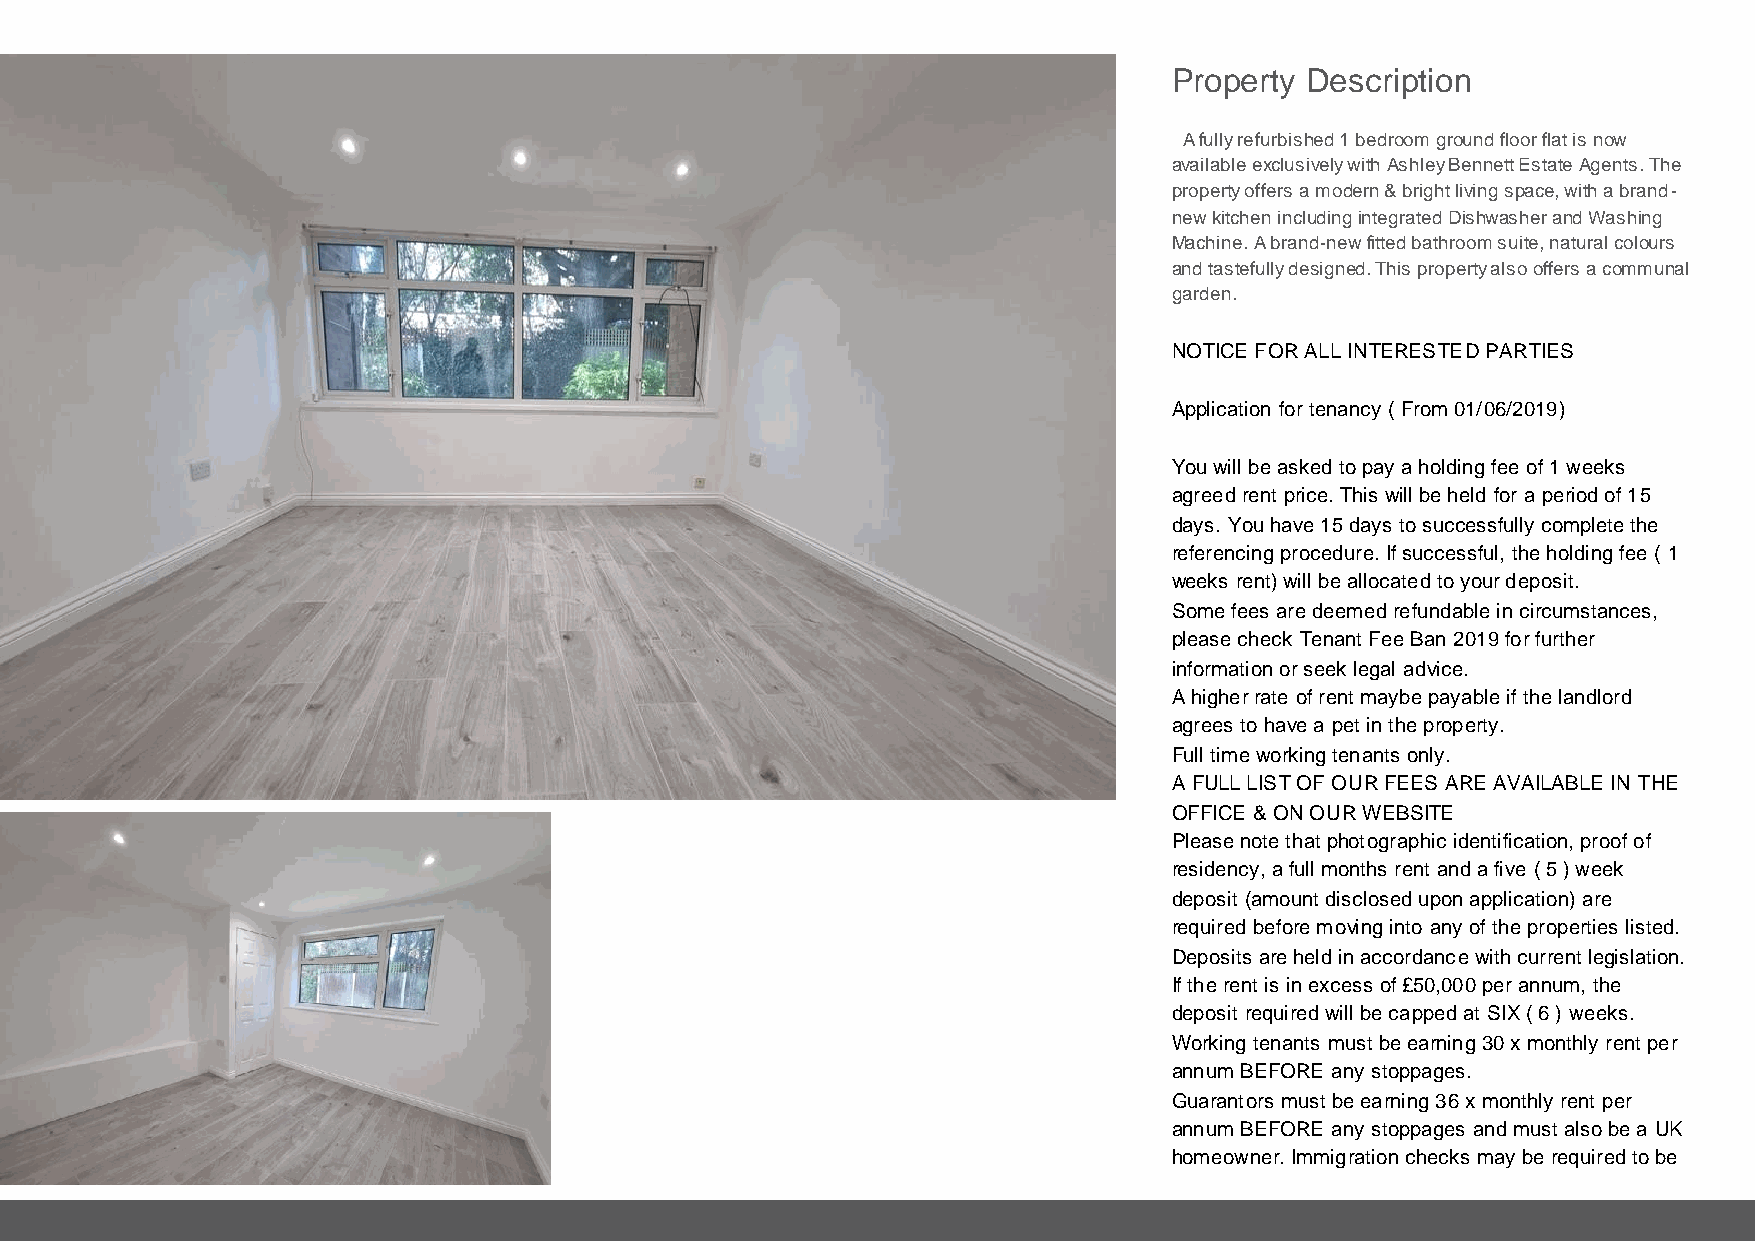
Property Description
 A fully refurbished 1 bedroom ground floor flat is now
 available exclusively with Ashley Bennett Estate Agents. The
 property offers a modern & bright living space, with a brand-
 new kitchen including integrated Dishwasher and Washing
 Machine. A brand-new fitted bathroom suite, natural colours
 and tastefully designed. This property also offers a communal
 garden.
 NOTICE FOR ALL INTERESTED PARTIES
 Application for tenancy ( From 01/06/2019)
 You will be asked to pay a holding fee of 1 weeks
 agreed rent price. This will be held for a period of 15
 days. You have 15 days to successfully complete the
 referencing procedure. If successful, the holding fee ( 1
 weeks rent) will be allocated to your deposit.
 Some fees are deemed refundable in circumstances,
 please check Tenant Fee Ban 2019 for further
 information or seek legal advice.
 A higher rate of rent maybe payable if the landlord
 agrees to have a pet in the property.
 Full time working tenants only.
 A FULL LIST OF OUR FEES ARE AVAILABLE IN THE
 OFFICE & ON OUR WEBSITE
 Please note that photographic identification, proof of
 residency, a full months rent and a five ( 5 ) week
 deposit (amount disclosed upon application) are
 required before moving into any of the properties listed.
 Deposits are held in accordance with current legislation.
 If the rent is in excess of £50,000 per annum, the
 deposit required will be capped at SIX ( 6 ) weeks.
 Working tenants must be earning 30 x monthly rent per
 annum BEFORE any stoppages.
 Guarantors must be earning 36 x monthly rent per
 annum BEFORE any stoppages and must also be a UK
 homeowner. Immigration checks may be required to be